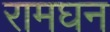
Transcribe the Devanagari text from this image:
रामघन